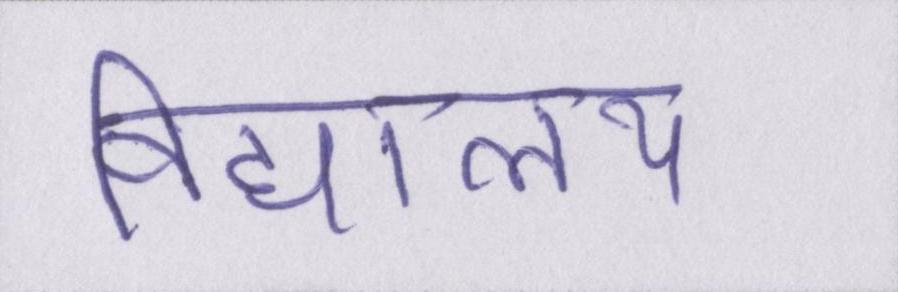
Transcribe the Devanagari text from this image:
विद्यालय